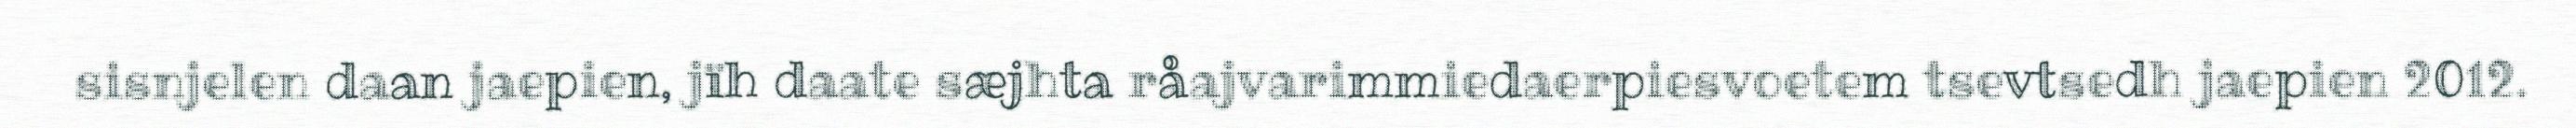
sisnjelen daan jaepien, jïh daate sæjhta råajvarimmiedaerpiesvoetem tsevtsedh jaepien 2012.